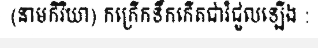
(នាមកិរិយា) កក្រើកទឹកកើតជារំជួលឡើង :